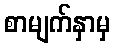
စာမျက်နှာမှ